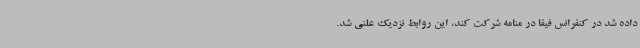
داده شد در کنفرانس فیفا در منامه شرکت کند، این روابط نزدیک علنی شد.